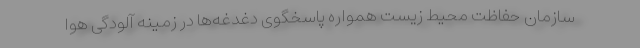
سازمان حفاظت محیط‌ زیست همواره پاسخگوی دغدغه‌ها در زمینه آلودگی هوا